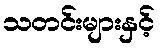
သတင်းများနှင့်